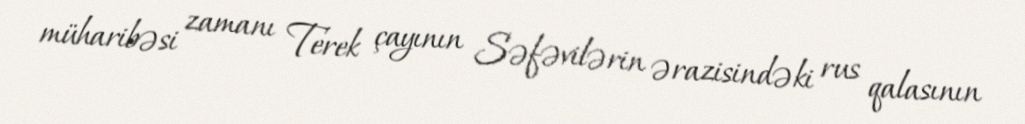
müharibəsi zamanı Terek çayının Səfəvilərin ərazisindəki rus qalasının